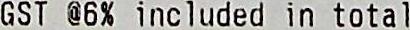
GST @6% INCLUDED IN TOTAL